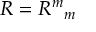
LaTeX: R = { R ^ { m } } _ { m }